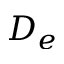
D _ { e }